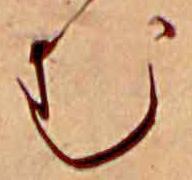
む